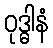
ဝုဒ္ဓါနံ